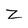
Character: z